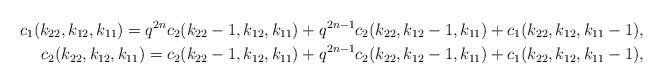
LaTeX: \begin{align*}c_1(k_{22},k_{12},k_{11})=q^{2n}c_2(k_{22}-1,k_{12},k_{11})+q^{2n-1}c_2(k_{22},k_{12}-1,k_{11})+c_1(k_{22},k_{12},k_{11}-1),\\c_2(k_{22},k_{12},k_{11})=c_2(k_{22}-1,k_{12},k_{11})+q^{2n-1}c_2(k_{22},k_{12}-1,k_{11})+c_1(k_{22},k_{12},k_{11}-1),\end{align*}